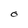
Character: O